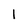
Character: 1